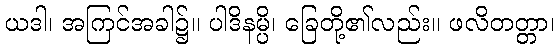
ယဒါ၊ အကြင်အခါ၌။ ပါဒိနမ္ပိ၊ ခြေတို့၏လည်း။ ဖလိတတ္တာ၊